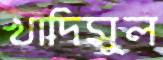
খাদিমুল